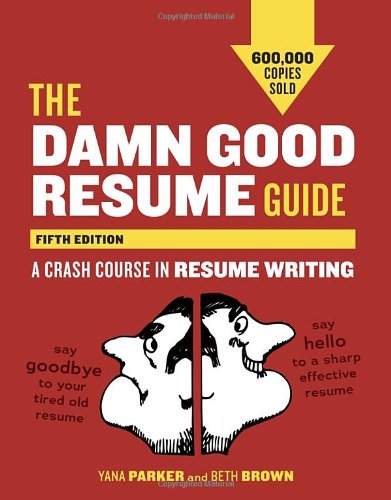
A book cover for The Damn Good Resume Guide, Fifth Edition: A Crash Course in Resume Writing; Yana Parker; Business & Money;